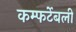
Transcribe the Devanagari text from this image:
कम्फर्टेबली